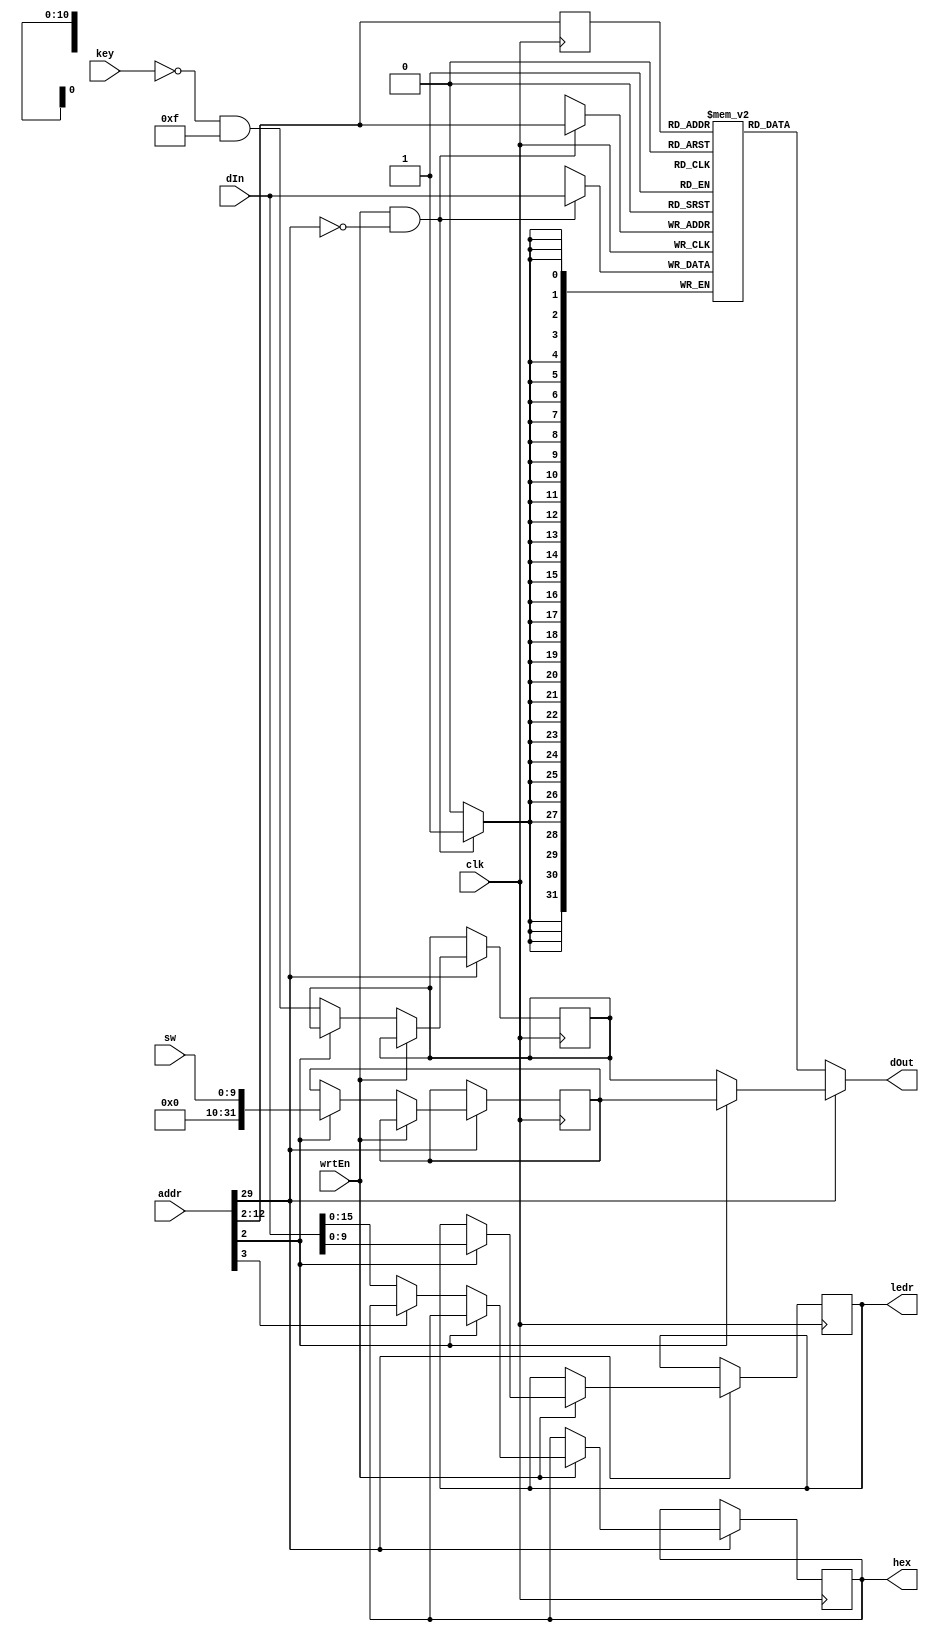
module DataMemory(clk, wrtEn, addr, dIn, sw, key, ledr, hex, dOut);
	// parameter MEM_INIT_FILE;
	parameter ADDR_BIT_WIDTH = 32;
	parameter DATA_BIT_WIDTH = 32;
	parameter TRUE_ADDR_BIT_WIDTH = 11;
	parameter N_WORDS = (1 << TRUE_ADDR_BIT_WIDTH);
	
	input clk, wrtEn;
	input [3:0] key;
	input [9:0] sw;
	input [ADDR_BIT_WIDTH - 1 : 0] addr;
	input [DATA_BIT_WIDTH - 1 : 0] dIn;
	output [DATA_BIT_WIDTH - 1 : 0] dOut;
	output reg [9:0] ledr;	
	output reg [15:0] hex;
    
	// (* ram_init_file = MEM_INIT_FILE *)
	reg [DATA_BIT_WIDTH - 1 : 0] data [0 : N_WORDS - 1];
	reg [TRUE_ADDR_BIT_WIDTH - 1 :0] addr_reg;
	reg [DATA_BIT_WIDTH - 1 : 0] sw_reg;
	reg [DATA_BIT_WIDTH - 1 : 0] key_reg;

	always @(posedge clk) begin
		if (addr[29]) begin
			if (wrtEn) begin
	  			if (addr[2]) ledr <= dIn[9:0];
				else if (addr[3]) begin end
				else hex <= dIn[15:0];
	      	end else begin
	      		if (addr[2]) sw_reg <= sw;
	      		else key_reg <= (~key & 4'hf);
	      	end
      	end
    end

	always @(negedge clk) begin
		if (wrtEn && !addr[29]) data[addr[13:2]] <= dIn;	
		addr_reg <= addr[13:2];
	end

	assign dOut = addr[29] ? (addr[2] ? sw_reg : key_reg) : data[addr_reg];
endmodule